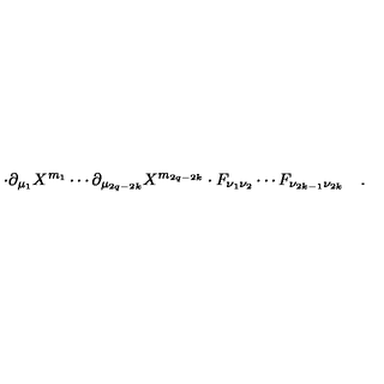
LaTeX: \cdot \partial _ { \mu _ { 1 } } X ^ { m _ { 1 } } \cdots \partial _ { \mu _ { 2 q - 2 k } } X ^ { m _ { 2 q - 2 k } } \cdot F _ { \nu _ { 1 } \nu _ { 2 } } \cdots F _ { \nu _ { 2 k - 1 } \nu _ { 2 k } } \quad .